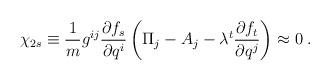
LaTeX: \begin{align*}\chi_{2s}\equiv\frac{1}{m}g^{ij}\frac{\partial f_s}{\partial q^i}\left(\Pi_j-A_j-\lambda^t\frac{\partial f_t}{\partial q^j}\right)\approx0 \;.\end{align*}